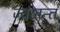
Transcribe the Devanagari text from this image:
ज्‍वलन्‍त